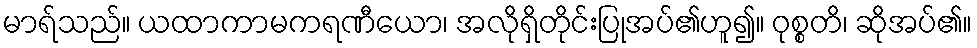
မာရ်သည်။ ယထာကာမကရဏီယော၊ အလိုရှိတိုင်းပြုအပ်၏ဟူ၍။ ဝုစ္စတိ၊ ဆိုအပ်၏။